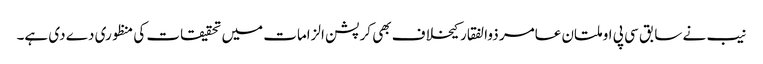
نیب نے سابق سی پی او ملتان عامر ذوالفقار کیخلاف بھی کرپشن الزامات میں تحقیقات کی منظوری دے دی ہے۔